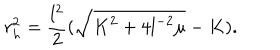
r _ { h } ^ { 2 } = \frac { l ^ { 2 } } { 2 } ( \sqrt { K ^ { 2 } + 4 l ^ { - 2 } \mu } - K ) .